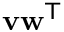
\mathbf { v } \mathbf { w } ^ { \mathsf { T } }